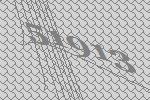
51913